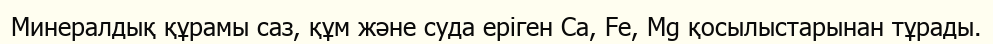
Минералдық құрамы саз, құм және суда еріген Ca, Fe, Mg қосылыстарынан тұрады.